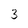
Character: 3